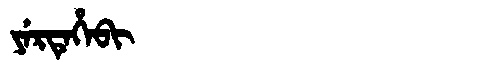
Manchu: ᠶᡝᡵᡨᡝᡥᡝᠪᡳ
Romanization: YERTEHEBI